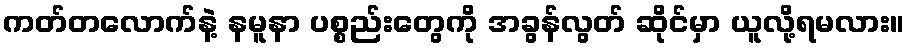
ကတ်တလောက်နဲ့ နမူနာ ပစ္စည်းတွေကို အခွန်လွတ် ဆိုင်မှာ ယူလို့ရမလား။